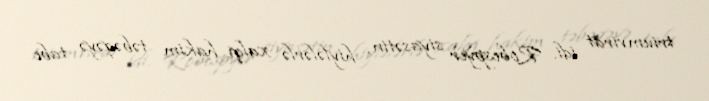
triumvirat idi. Robespyer siyasətin, hiylələrlə xalqı hakim təbəqəyə tabe